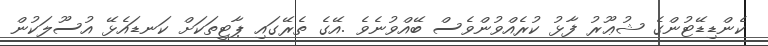
ކެންޑިޑޭޓުންގެ ޝުޢޫރު ފާޅު ކުރެއްވުންވެސް ބޭއްވުނެވެ .އޭގެ ތެރޭގައި ޕާޓީތަކަށް ކަނޑައެޅޭ އުސޫލަކުން